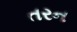
તરન